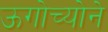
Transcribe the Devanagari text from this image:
ऊगोच्योने